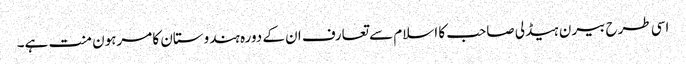
اسی طرح بیرن ہیڈلی صاحب کا اسلام سے تعارف ان کے دورہ ہندوستان کا مرہون منت ہے۔